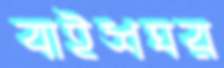
বাইশঘর